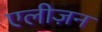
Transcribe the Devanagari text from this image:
एलीज़न